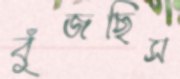
বুঁজছিস